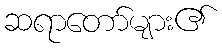
ဆရာတော်များ၏